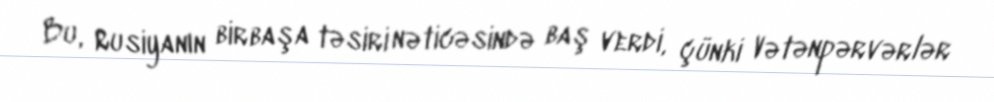
Bu, Rusiyanın birbaşa təsiri nəticəsində baş verdi, çünki Vətənpərvərlər